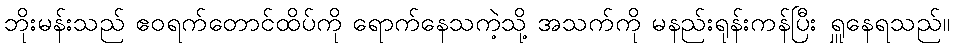
ဘိုးမန်းသည် ဧဝရက်တောင်ထိပ်ကို ရောက်နေသကဲ့သို့ အသက်ကို မနည်းရုန်းကန်ပြီး ရှူနေရသည်။